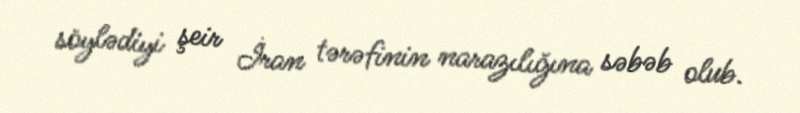
söylədiyi şeir İran tərəfinin narazılığına səbəb olub.